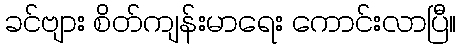
ခင်ဗျား စိတ်ကျန်းမာရေး ကောင်းလာပြီ။